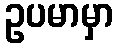
ဥပမာမှာ